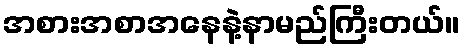
အစားအစာအနေနဲ့နာမည်ကြီးတယ်။